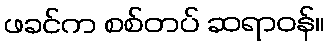
ဖခင်က စစ်တပ် ဆရာဝန်။